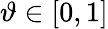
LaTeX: \vartheta\in[0,1]